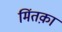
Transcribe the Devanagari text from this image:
मिंतक़ा